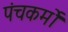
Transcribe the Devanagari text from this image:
पंचकर्मों